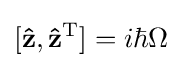
[\mathbf {\hat {z}} ,\mathbf {\hat {z}} ^{\mathrm {T} }]=i\hbar \Omega